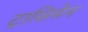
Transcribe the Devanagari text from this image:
ट्रासिमेन